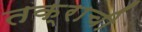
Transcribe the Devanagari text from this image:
तक्राची